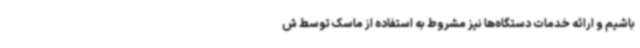
باشیم و ارائه خدمات دستگاه‌ها نیز مشروط به استفاده از ماسک توسط ش